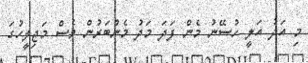
މި އަދު އަލީ ހުސޭނު މެން ފަދަ މަދު މެންބަރުން ވެސް މަޖިލީހުގަ